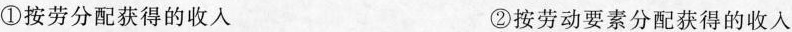
①按劳分配获得的收人 ②按劳动要素分配获得的收入